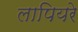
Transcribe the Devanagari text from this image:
लापियरे